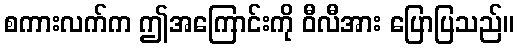
စကားလက်က ဤအကြောင်းကို ဝီလီအား ပြောပြသည်။